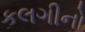
કલગીનો